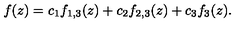
f ( z ) = c _ { 1 } f _ { 1 , 3 } ( z ) + c _ { 2 } f _ { 2 , 3 } ( z ) + c _ { 3 } f _ { 3 } ( z ) .